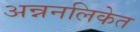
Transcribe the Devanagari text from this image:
अन्ननलिकेत